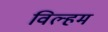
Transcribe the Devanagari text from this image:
विल्हम